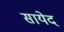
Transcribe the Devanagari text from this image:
सायेद